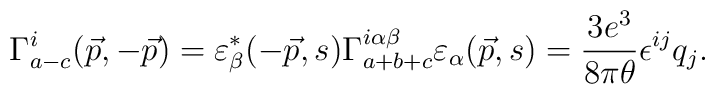
\Gamma^{i}_{a-c}(\vec p, -\vec p)= \varepsilon^{*}_{\beta}(-\vec p, s) \Gamma^{i\alpha\beta}_{a+b+c} \varepsilon_\alpha (\vec p, s)=\frac{3 e^3}{8\pi \theta}\epsilon^{ij}q_j.